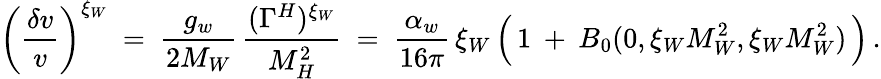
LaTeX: \bigg(\frac{\delta v}{v}\bigg)^{\xi_{W}}\ =\ \frac{g_{w}}{2M_{W}}\, \frac{(\Gamma^{H})^{\xi_{W}}}{M_{H}^{2}}\ =\ \frac{\alpha_{w}}{16\pi}\, \xi_{W}\, \Big(\, 1\: +\: B_{0}(0,\xi_{W}M_{W}^{2},\xi_{W}M_{W}^{2})\, \Big)\, .